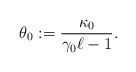
\begin{align*}\theta_{0}:=\frac{\kappa_{0}}{\gamma_{0}\ell-1}.\end{align*}